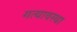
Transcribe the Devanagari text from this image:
गत्यावस्था